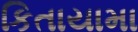
કિતાયામા